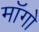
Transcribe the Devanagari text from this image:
माॅगो